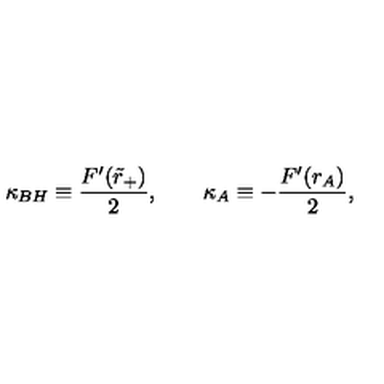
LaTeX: \kappa _ { B H } \equiv \frac { F ^ { \prime } ( \tilde { r } _ { + } ) } { 2 } , \qquad \kappa _ { A } \equiv - \frac { F ^ { \prime } ( r _ { A } ) } { 2 } ,